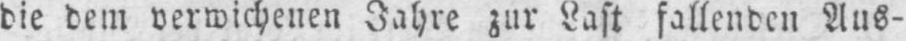
die dem verwichenen Jahre zur Last fallenden Aus-